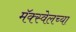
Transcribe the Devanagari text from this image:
मॅक्स्वेलच्या